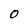
Character: 0